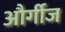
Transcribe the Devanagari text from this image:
और्गीज